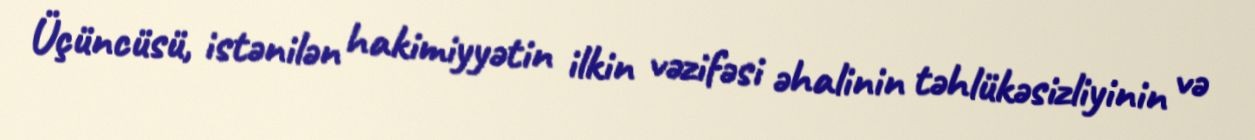
Üçüncüsü, istənilən hakimiyyətin ilkin vəzifəsi əhalinin təhlükəsizliyinin və